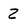
Character: z